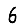
Digit: 6